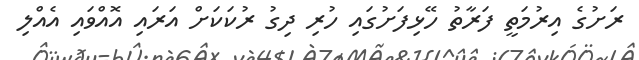
ރަށުގެ އިރުމަތީ ފަރާތު ހޭޅިފަށުގައި ހުރި ދިގު ރުކަކަށް އަރައި އޮއްވައި އެއްލި